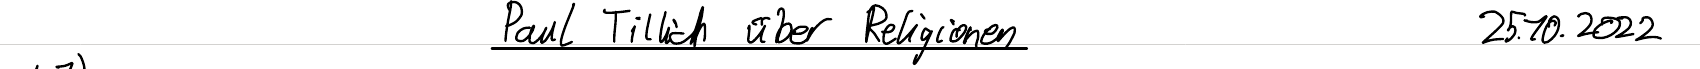
Paul Tillich über Religionen    25.10.2022